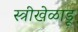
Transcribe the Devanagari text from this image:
स्त्रीखेळाडू